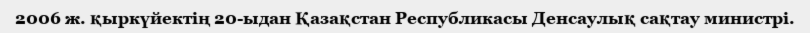
2006 ж. қыркүйектің 20-ыдан Қазақстан Республикасы Денсаулық сақтау министрi.